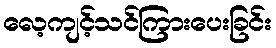
လေ့ကျင့်သင်ကြားပေးခြင်း